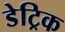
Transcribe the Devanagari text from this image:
डेट्रिक